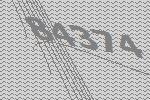
84374